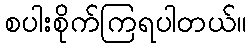
စပါးစိုက်ကြရပါတယ်။